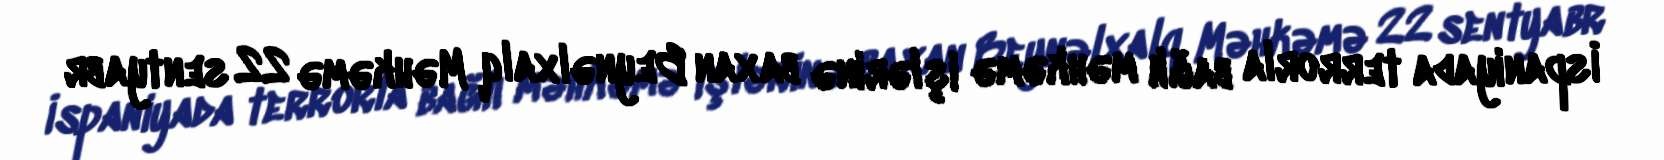
İspaniyada terrorla bağlı məhkəmə işlərinə baxan Beynəlxalq Məhkəmə 22 sentyabr